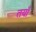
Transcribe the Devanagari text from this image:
तयाँ